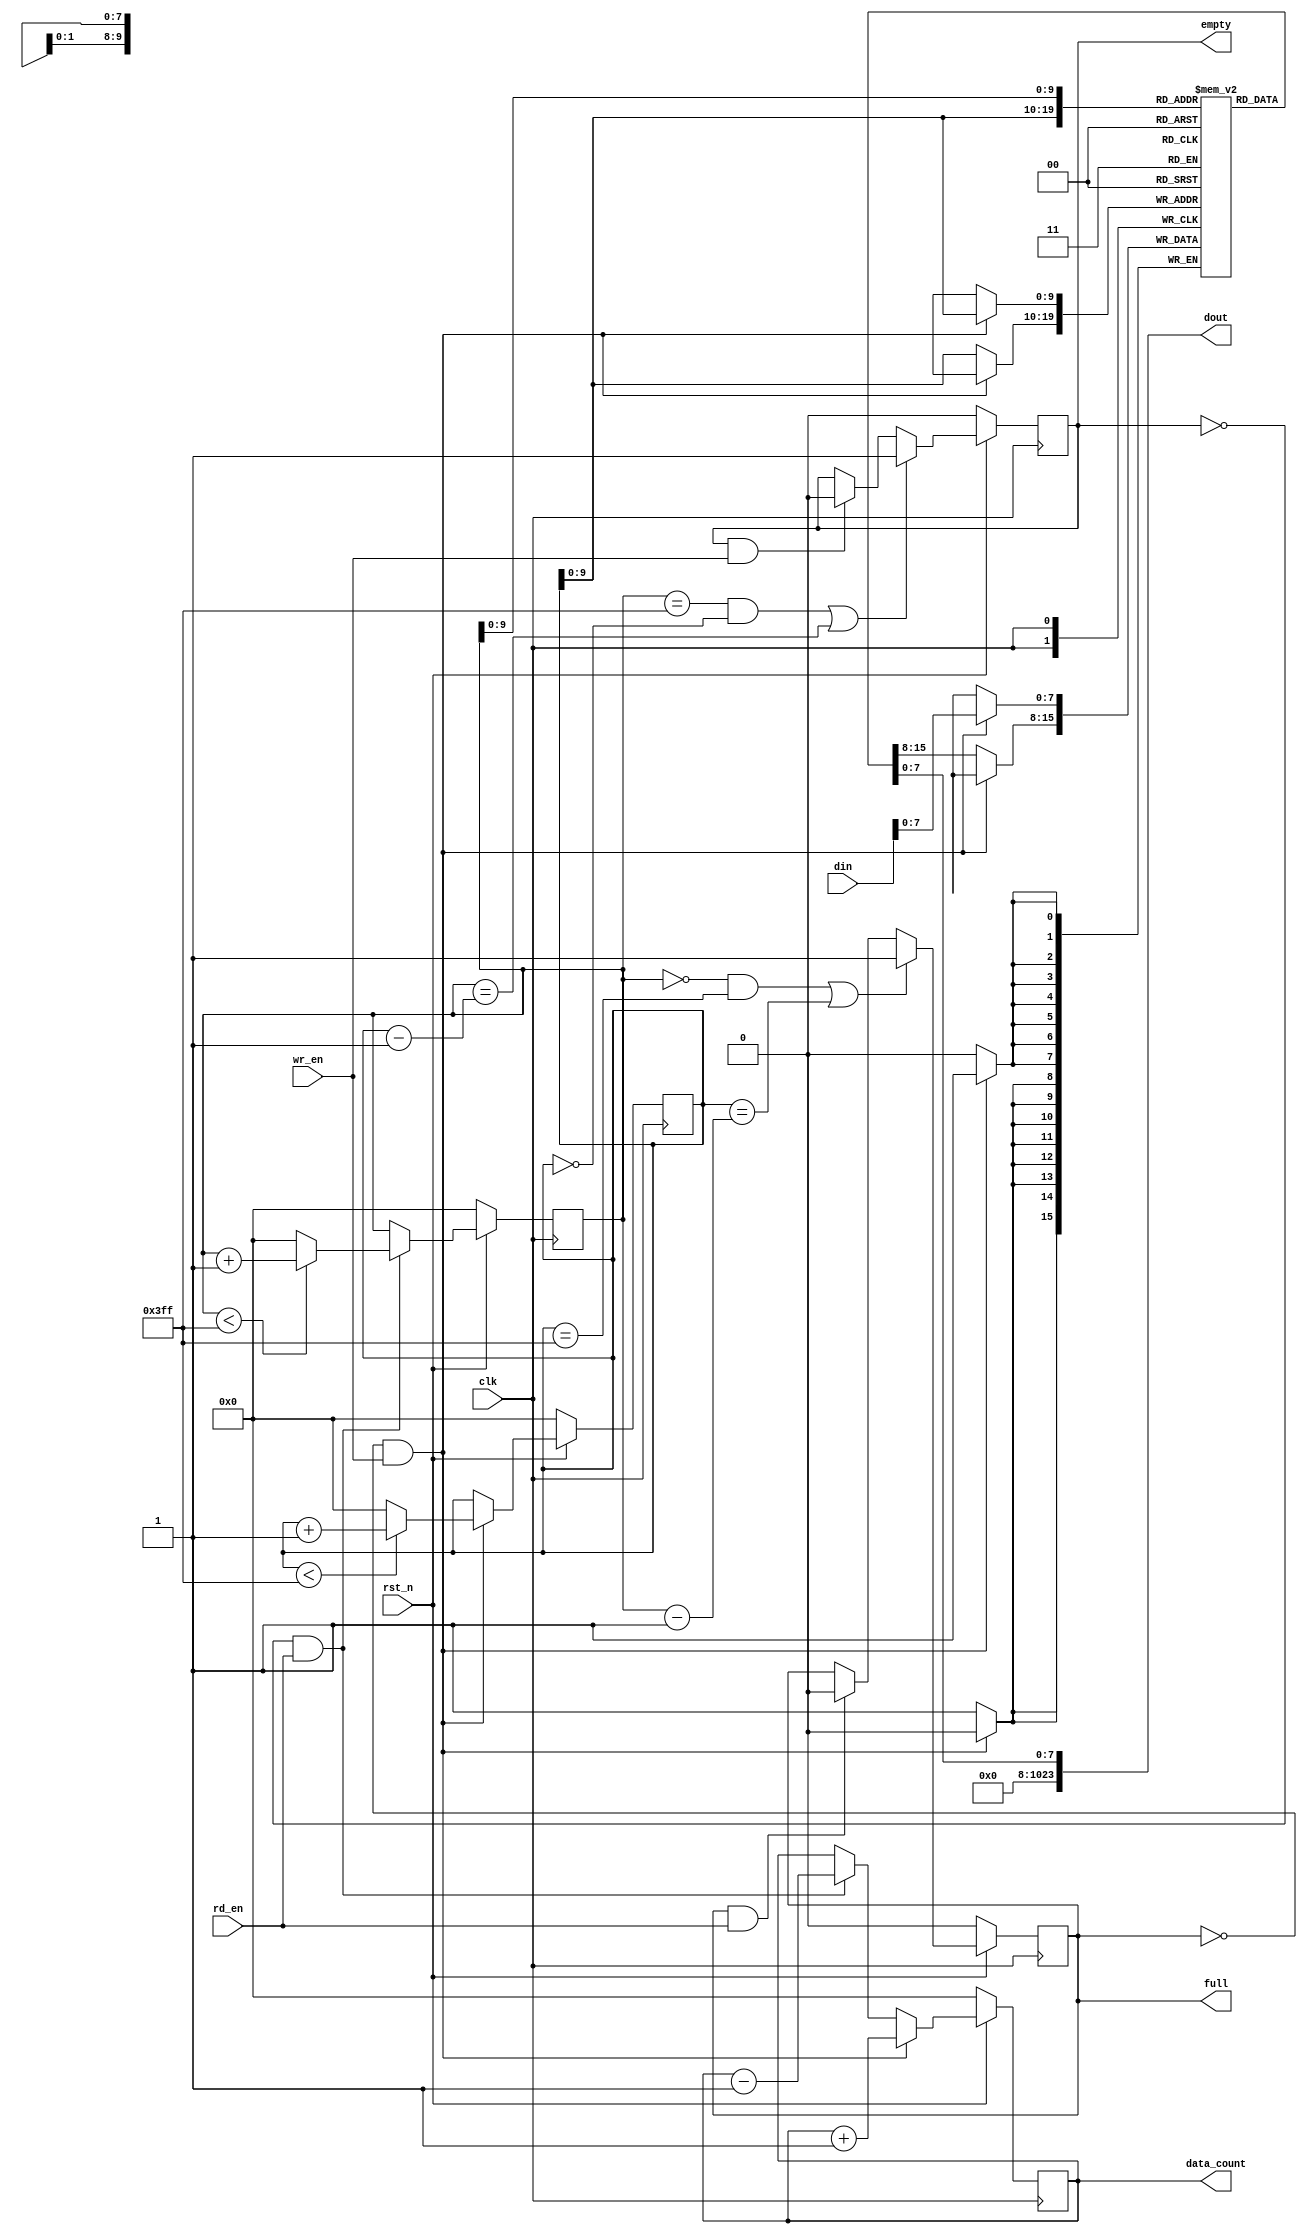
module sync_fifo 
#(
    parameter C_FIFO_WIDTH = 8,
    parameter C_FIFO_DEPTH = 1024
)(
    clk,
    rst_n,
    wr_en,
    rd_en,
    din,
    full,
    empty,
    dout,
    data_count
    );

    input                                   clk;
    input                                   rst_n;
    input                                   wr_en;
    input                                   rd_en;
    input [C_FIFO_DEPTH-1:0]                din;
    output reg                              full;
    output reg                              empty;
    output [C_FIFO_DEPTH-1:0]               dout;
    output reg [Clogb2(C_FIFO_DEPTH-1):0]   data_count;


    reg [C_FIFO_WIDTH-1:0]                  mem [C_FIFO_DEPTH-1:0];
    reg [Clogb2(C_FIFO_DEPTH-1):0]          write_pointer;
    reg [Clogb2(C_FIFO_DEPTH-1):0]          read_pointer;

    always @(posedge clk) begin
        if (!rst_n) begin
            write_pointer <= 0;
        end else begin
            if ((wr_en)&&(full == 1'b0)) begin
                if (write_pointer < C_FIFO_DEPTH-1) begin
                    write_pointer <= write_pointer + 1'b1;
                end else begin
                    write_pointer <= 0;
                end
            end else begin
                write_pointer <= write_pointer;
            end
        end
    end

    always @(posedge clk) begin
        if ((wr_en)&&(full == 1'b0)) begin
            mem[write_pointer] <= din;
        end else begin
            mem[write_pointer] <= mem[write_pointer];
        end
    end

    always @(posedge clk) begin
        if (!rst_n) begin
            full <= 1'b0;
        end else begin
            if ((read_pointer==0)&&(write_pointer==C_FIFO_DEPTH-1'b1)||(write_pointer==read_pointer-1'b1)) begin
                full <= 1'b1;
            end else if ((full)&&(rd_en)) begin
                full <= 1'b0;
            end else begin
                full <= full;
            end
        end
    end

    always @(posedge clk) begin
        if (!rst_n) begin
            read_pointer <= 0;
        end else begin
            if ((rd_en)&&(empty == 1'b0)) begin
                if (read_pointer < C_FIFO_DEPTH-1) begin
                    read_pointer <= read_pointer + 1'b1;
                end else begin
                    read_pointer <= 0;
                end
            end else begin
                read_pointer <= read_pointer;
            end
        end
    end

    assign dout = mem[read_pointer];

    always @(posedge clk) begin
        if (!rst_n) begin
            empty <= 1'b0;
        end else begin
            if ((read_pointer==C_FIFO_DEPTH-1'b1)&&(write_pointer==0)||(read_pointer==write_pointer-1'b1)) begin
                empty <= 1'b1;
            end else if ((empty)&&(wr_en)) begin
                empty <= 1'b0;
            end else begin
                empty <= empty;
            end
        end
    end

    always @(posedge clk) begin
        if (!rst_n) begin
            data_count <= 0;
        end else begin
            if ((full==1'b0)&&(wr_en)) begin
                data_count <= data_count + 1'b1;
            end else if ((empty==1'b0)&&(rd_en)) begin
                data_count <= data_count - 1'b1;
            end else begin
                data_count <= data_count;
            end
        end
    end


    function integer Clogb2;
        input integer DEPTH;
        for (Clogb2=0; DEPTH > 0; Clogb2=Clogb2+1)
            DEPTH = DEPTH >> 1;
    endfunction

endmodule